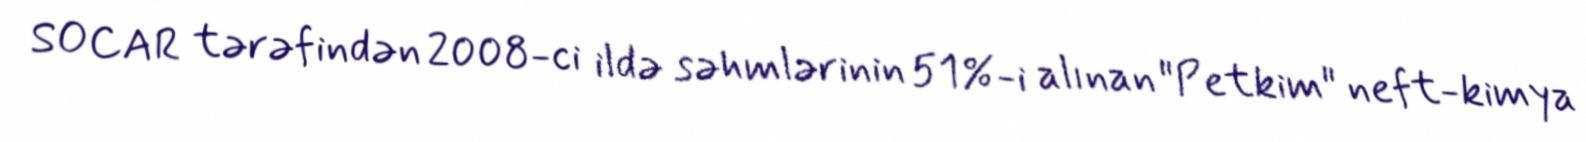
SOCAR tərəfindən 2008-ci ildə səhmlərinin 51%-i alınan "Petkim" neft-kimya